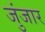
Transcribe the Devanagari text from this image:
जुंजार